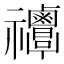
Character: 𥜸